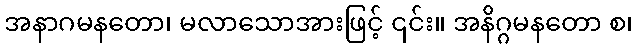
အနာဂမနတော၊ မလာသောအားဖြင့် ၎င်း။ အနိဂ္ဂမနတော စ၊